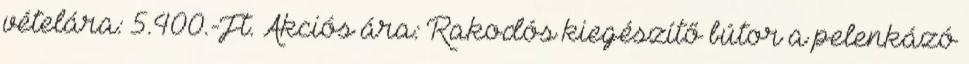
vételára: 5.400.-Ft. Akciós ára: Rakodós kiegészítő bútor a pelenkázó